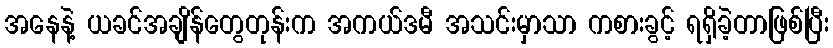
အနေနဲ့ ယခင်အချိန်တွေတုန်းက အကယ်ဒမီ အသင်းမှာသာ ကစားခွင့် ရရှိခဲ့တာဖြစ်ပြီး